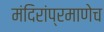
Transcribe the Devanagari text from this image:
मंदिरांप्रमाणेच